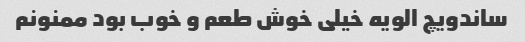
ساندویچ الویه خیلی خوش طعم و خوب بود ممنونم